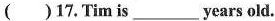
( )17.Tim is___years old.